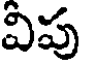
విపు